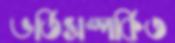
ভর্তিসম্পর্কিত